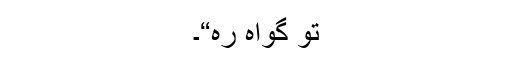
تو گواہ رہ“۔